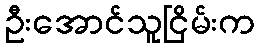
ဦးအောင်သူငြိမ်းက